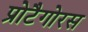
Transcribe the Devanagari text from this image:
प्रोटैगोरस